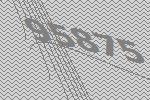
95875